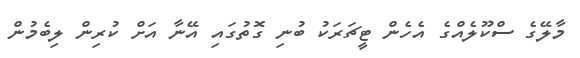
މާލޭގެ ސްކޫލެއްގެ އެހެން ޓީޗަރަކު ބުނި ގޮތުގައި އޭނާ އަށް ކުރިން ލިބެމުން